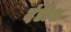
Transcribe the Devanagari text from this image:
दंडीश